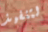
لتنفيذ